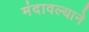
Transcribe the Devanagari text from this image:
मंदावल्याने